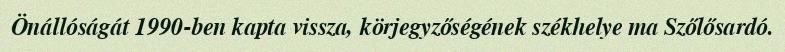
Önállóságát 1990-ben kapta vissza, körjegyzőségének székhelye ma Szőlősardó.